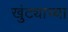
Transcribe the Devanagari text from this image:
खुंट्याच्या